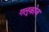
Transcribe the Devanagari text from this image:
गलूकोज